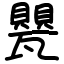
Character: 甖